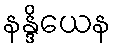
နန္ဒိယေန